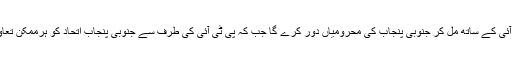
جنوبی پنجاب صوبہ محاذ پی ٹی آئی کے ساتھ مل کر جنوبی پنجاب کی محرومیاں دور کرے گا جب کہ پی ٹی آئی کی طرف سے جنوبی پنجاب اتحاد کو ہرممکن تعاون کی یقین دہانی کرائی گئی ہے۔